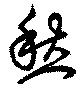
愁